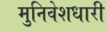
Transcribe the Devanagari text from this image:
मुनिवेशधारी